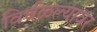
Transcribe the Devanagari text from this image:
विर्घळल्यावर